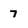
Character: 7